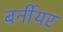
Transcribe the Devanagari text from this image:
बर्नीयर